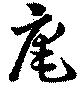
庵